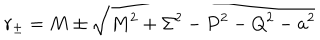
r _ { \pm } = M \pm \sqrt { M ^ { 2 } + \Sigma ^ { 2 } - P ^ { 2 } - Q ^ { 2 } - a ^ { 2 } }